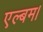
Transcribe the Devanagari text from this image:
एल्बम।